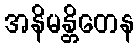
အနိမန္တိတေန